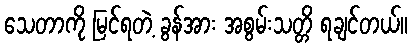
သေတာကို မြင်ရတဲ့ ခွန်အား အစွမ်းသတ္တိ ရချင်တယ်။